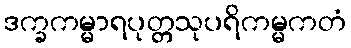
ဒက္ခကမ္မာရပုတ္တသုပရိကမ္မကတံ